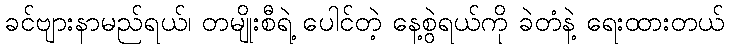
ခင်ဗျားနာမည်ရယ်၊ တမျိုးစီရဲ့ ပေါင်တဲ့ နေ့စွဲရယ်ကို ခဲတံနဲ့ ရေးထားတယ်